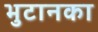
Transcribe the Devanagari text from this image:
भुटानका